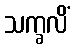
သက္ခလိံ